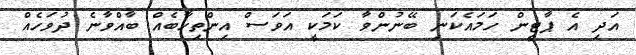
އަދި އެ ޕާޓީން ހަމައެކަނި ބޭނުންވާ ކަމަކީ އަވަސް އިންތިހާބެއް ބާއްވާނެ ދުވަހެއް